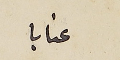
عتابا